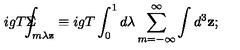
i g T \Sigma \! \! \! \! \! \! \int _ { m \lambda \mathbf { z } } \equiv i g T \int _ { 0 } ^ { 1 } d \lambda \sum _ { m = - \infty } ^ { \infty } \int d ^ { 3 } \mathbf { z ; }